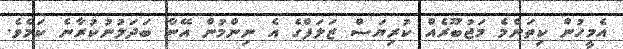
އެމީހުން ކިތަންމެ މަޖުބޫރެއް ކުރިޔަސް ޒަލަފްގެ އެ ނިންމުން އޭނާ ބަދަލުނުކުރާނެ ކަމެވެ.